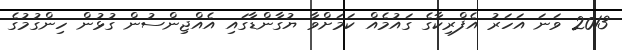
2013 ވަނަ އަހަރު އެފްރިކާގެ ގައުމެއް ކަމަށްވާ ޔުގާންޑާގައި އެއްޖިންސުން ގުޅުން ހިންގުމުގެ